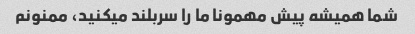
شما همیشه پیش مهمونا ما را سربلند میکنید، ممنونم